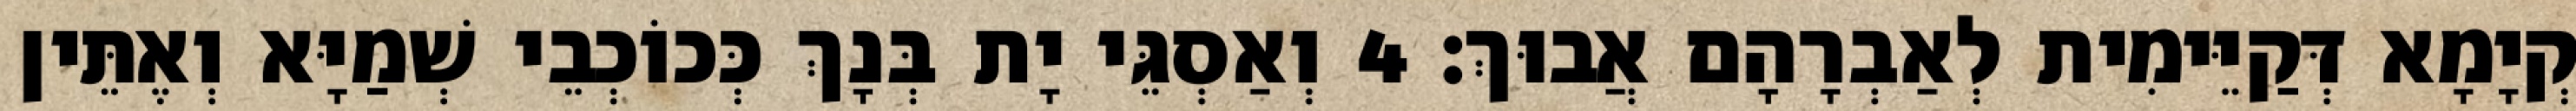
קְיָמָא דְּקַיֵּימִית לְאַבְרָהָם אֲבוּךְ׃ 4 וְאַסְגֵּי יָת בְּנָךְ כְּכוֹכְבֵי שְׁמַיָּא וְאֶתֵּין